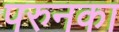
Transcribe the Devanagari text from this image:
परुनका